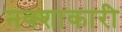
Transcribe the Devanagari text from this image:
नक्शाकारी